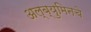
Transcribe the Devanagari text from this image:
अल्ब्युमिनचे